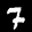
Label: 7